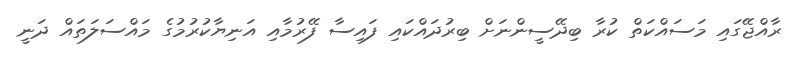
ރާއްޖޭގައި މަސައްކަތް ކުުރާ ބިދޭސީންނަށް ބިރުދައްކައި ފައިސާ ފޭރުމާއި އަނިޔާކުރުމުގެ މައްސަލަތައް ދަނީ